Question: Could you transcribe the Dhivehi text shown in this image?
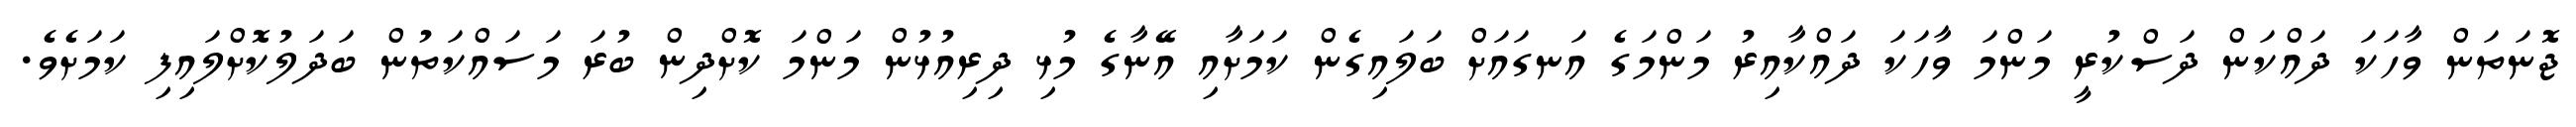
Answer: ޖޮނަތަން ވާހަކަ ދައްކަން ދަސްކުރީ މަންމަ ވާހަކަ ދައްކާއިރު މަންމަގެ އަނގައަށް ބަލައިގެން ކަމަށާއި އޭނާގެ މުޅި ދިރިއުޅުން މަންމަ ކޮށްދިން ބުރަ މަސައްކަތުން ބަދަލުކޮށްލައިފި ކަމަށެވެ.